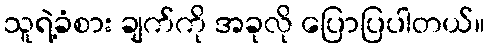
သူရဲ့ခံစား ချက်ကို အခုလို ပြောပြပါတယ်။